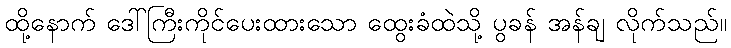
ထို့နောက် ဒေါ်ကြီးကိုင်ပေးထားသော ထွေးခံထဲသို့ ပွခန် အန်ချ လိုက်သည်။